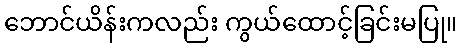
ဘောင်ယိန်းကလည်း ကွယ်ထောင့်ခြင်းမပြု။